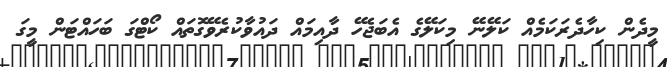
މީދެން ކިހާދެރަކަމެއް ކަލޭނޭ މިކަލޭގެ އެބަޖެހޭ ދާއިމައް ދައުވާކުރެވޭގޮތައް ކޯޓްގަ ބަހައްޓަން މީގަ